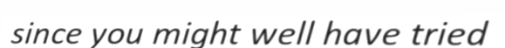
since you might well have tried